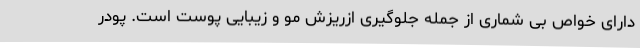
دارای خواص بی شماری از جمله جلوگیری ازریزش مو و زیبایی پوست است. پودر